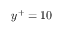
y ^ { + } = 1 0